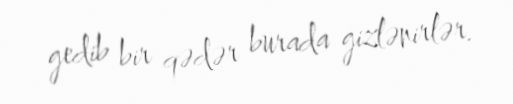
gedib bir qədər burada gizlənirlər.